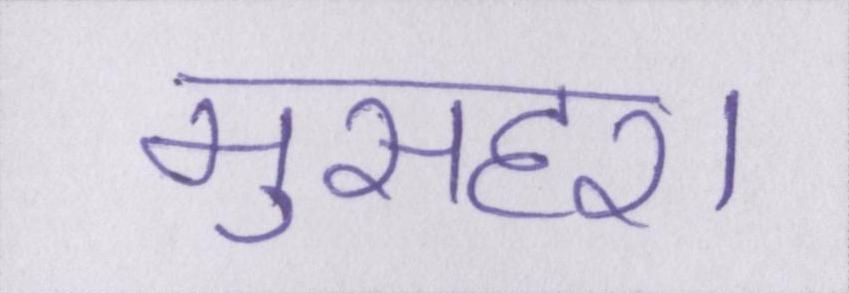
मुसहर।